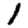
Digit: 1